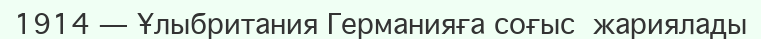
1914 — Ұлыбритания Германияға соғыс  жариялады